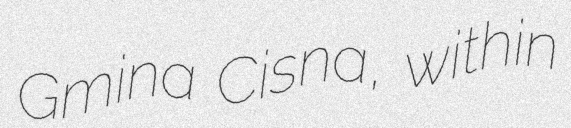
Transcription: Gmina Cisna, within